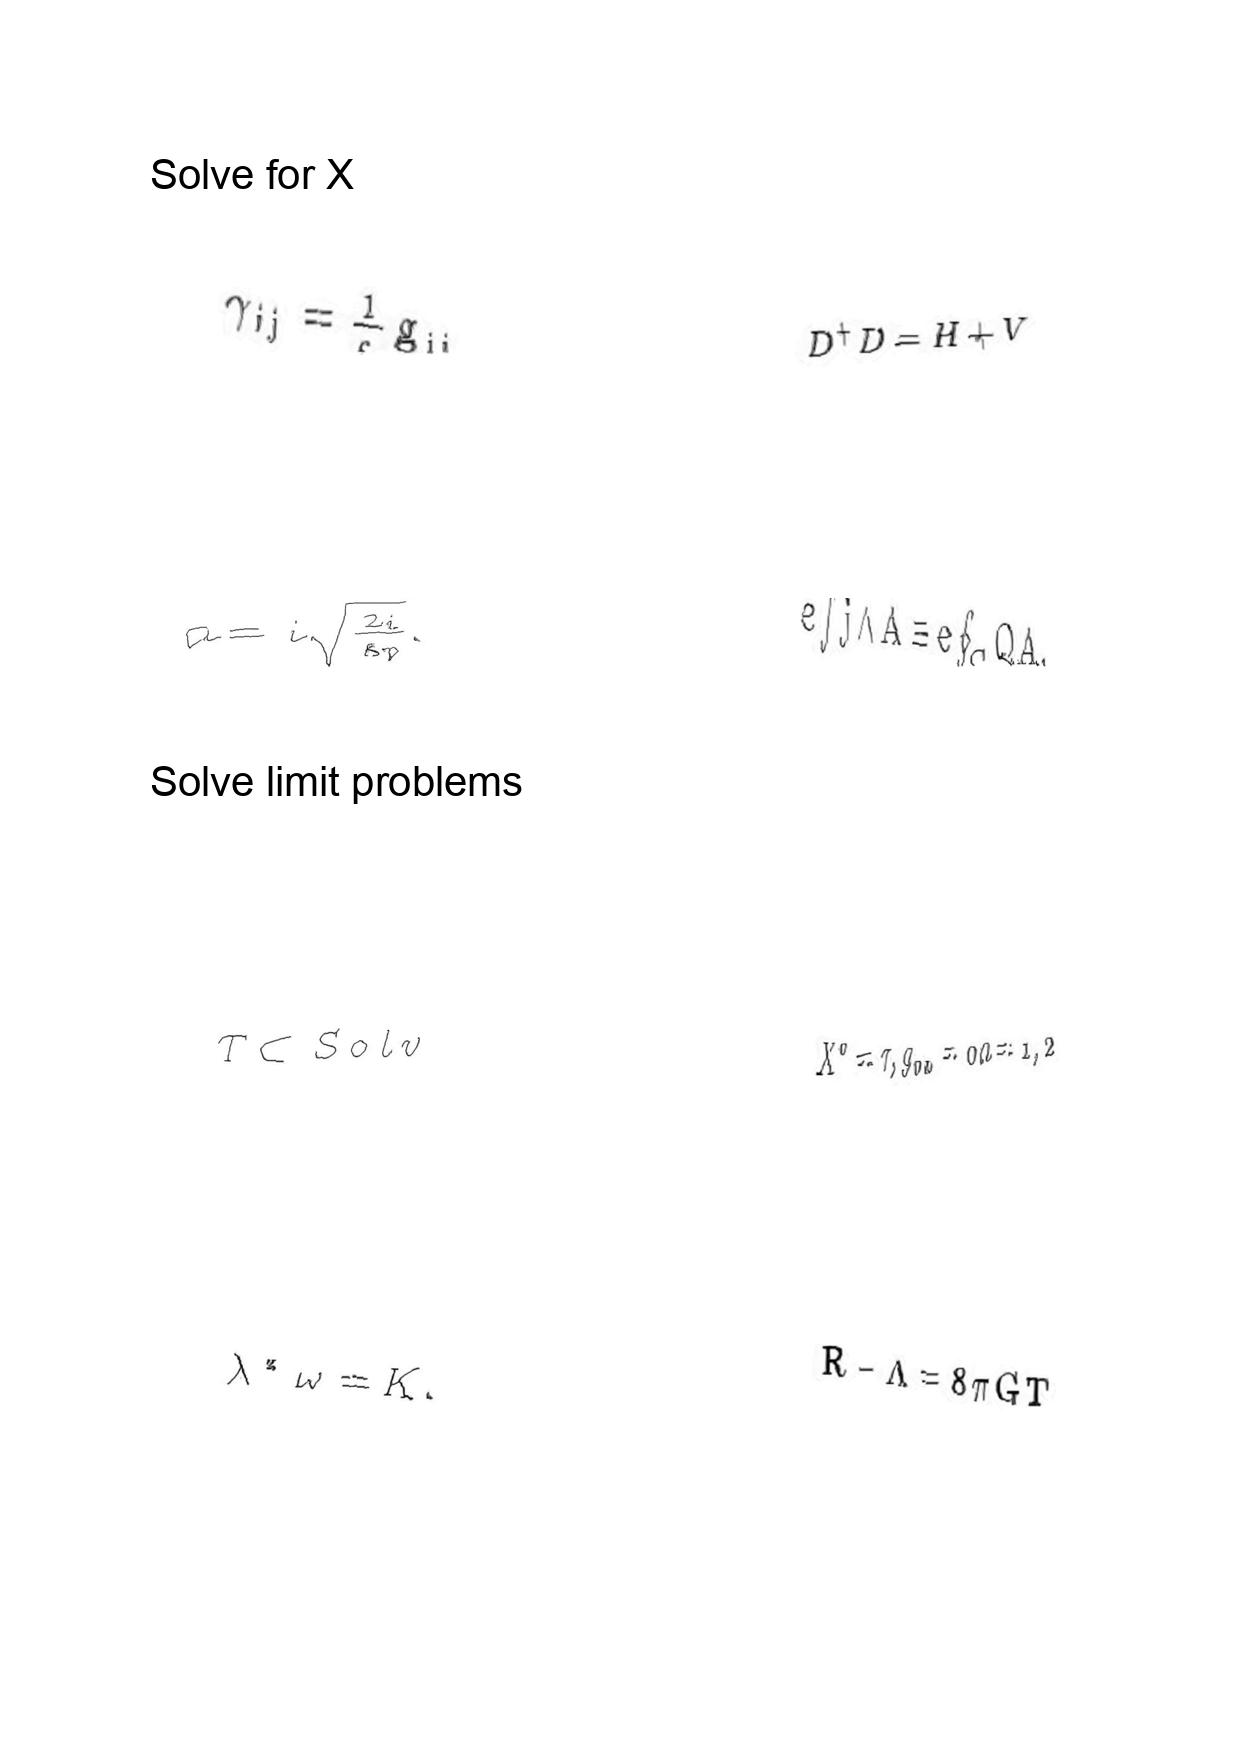
LaTeX transcription:
\gamma _ { i j } = \frac { 1 } { c } g _ { i j }
a = i \sqrt { \frac { 2 i } { \kappa _ { 0 } } } .
T \subset S o l v
\lambda ^ { \ast } \omega = K .
D ^ { \dagger } D = H + V
e \int j \wedge A \equiv e \oint _ { C } Q A ,
X ^ { 0 } = \tau , g _ { 0 a } = 0 a = 1 , 2
R - \Lambda = 8 \pi G T